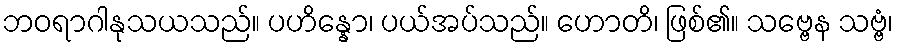
ဘဝရာဂါနုသယသည်။ ပဟိန္နော၊ ပယ်အပ်သည်။ ဟောတိ၊ ဖြစ်၏။ သဗ္ဗေန သဗ္ဗံ၊